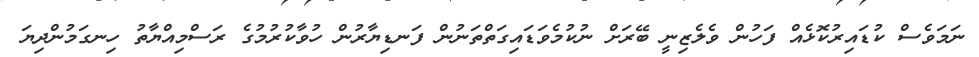
ނަމަވެސް ކުޑައިރުކޮޅެއް ފަހުން ވެލެޒިނީ ބޭރަށް ނުކުމެވަޑައިގަތްތަނުން ފަނޑިޔާރުން ހުވާކުރުމުގެ ރަސްމިއްޔާތު ހިނގަމުންދިޔަ